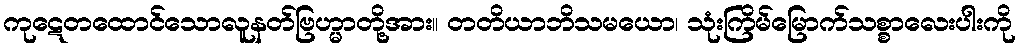
ကုဋေတထောင်သောလူနတ်ဗြဟ္မာတို့အား။ တတိယာဘိသမယော၊ သုံးကြိမ်မြောက်သစ္စာလေးပါးကို